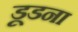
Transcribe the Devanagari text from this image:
डूडना